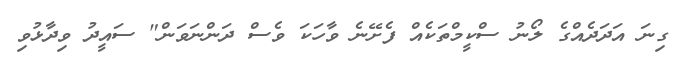
ގިނަ އަދަދެއްގެ ލޯނު ސްކީމްތަކެއް ފެށޭނެ ވާހަކަ ވެސް ދަންނަވަން" ސައީދު ވިދާޅުވި